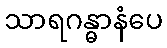
သာရဂန္ဓာနံပေ